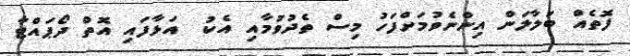
ފޮތެއް ބަލާލަން އިންނެވުމަށްފަހު މިސް ތެދުވުމާއި އެކު  އަޅާފައި އޮތް ދޯޕައްޓާ